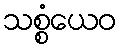
သစ္စံယေဝ